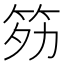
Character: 䇟